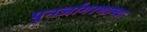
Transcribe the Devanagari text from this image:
पुनर्जागरणाच्या